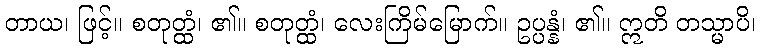
တာယ၊ ဖြင့်။ စတုတ္ထံ၊ ၏။ စတုတ္ထံ၊ လေးကြိမ်မြောက်။ ဥပ္ပန္နံ၊ ၏။ ဣတိ တသ္မာပိ၊